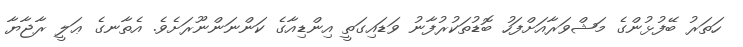
ހަތަރު ބޭފުޅުންގެ މަޝްވަރާއަށްފަހު ބޮޑުތަކުރުފާނު ވަޑައިގަތީ އިންޑިއާގެ ކަންނަންނޫރަށެވެ. އެތާނގެ ޢަލީ ރާޖާޔާ